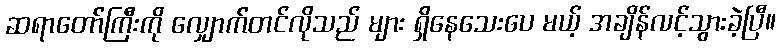
ဆရာတော်ကြီးကို လျှောက်တင်လိုသည် များ ရှိနေသေးပေ မယ့် အချိန်လင့်သွားခဲ့ပြီ။